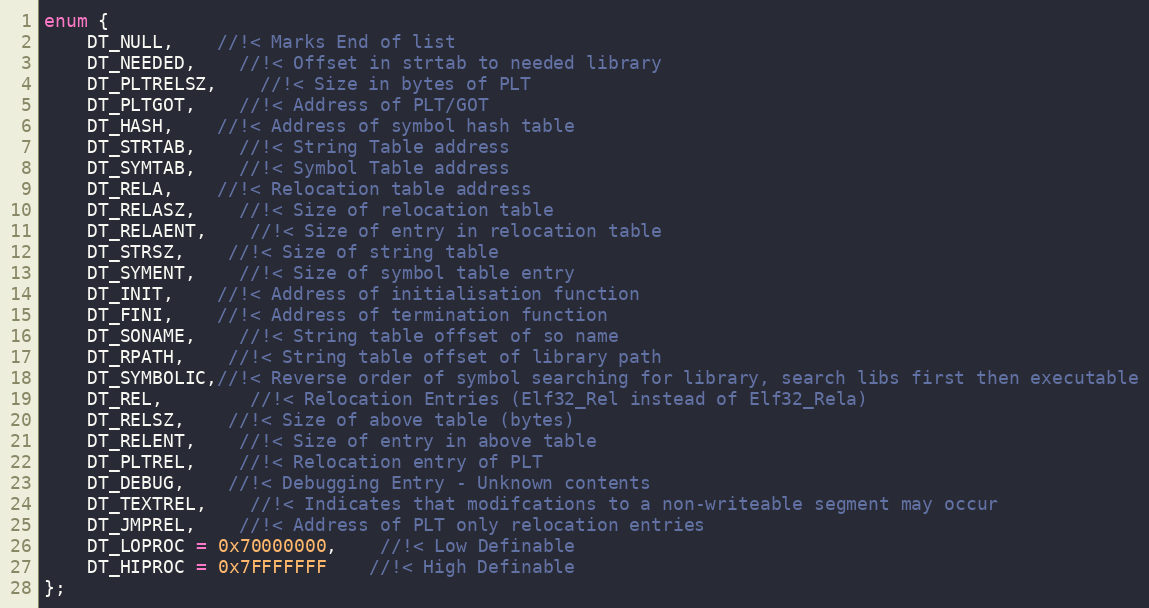
Language: C
enum {
	DT_NULL,	//!< Marks End of list
	DT_NEEDED,	//!< Offset in strtab to needed library
	DT_PLTRELSZ,	//!< Size in bytes of PLT
	DT_PLTGOT,	//!< Address of PLT/GOT
	DT_HASH,	//!< Address of symbol hash table
	DT_STRTAB,	//!< String Table address
	DT_SYMTAB,	//!< Symbol Table address
	DT_RELA,	//!< Relocation table address
	DT_RELASZ,	//!< Size of relocation table
	DT_RELAENT,	//!< Size of entry in relocation table
	DT_STRSZ,	//!< Size of string table
	DT_SYMENT,	//!< Size of symbol table entry
	DT_INIT,	//!< Address of initialisation function
	DT_FINI,	//!< Address of termination function
	DT_SONAME,	//!< String table offset of so name
	DT_RPATH,	//!< String table offset of library path
	DT_SYMBOLIC,//!< Reverse order of symbol searching for library, search libs first then executable
	DT_REL,		//!< Relocation Entries (Elf32_Rel instead of Elf32_Rela)
	DT_RELSZ,	//!< Size of above table (bytes)
	DT_RELENT,	//!< Size of entry in above table
	DT_PLTREL,	//!< Relocation entry of PLT
	DT_DEBUG,	//!< Debugging Entry - Unknown contents
	DT_TEXTREL,	//!< Indicates that modifcations to a non-writeable segment may occur
	DT_JMPREL,	//!< Address of PLT only relocation entries
	DT_LOPROC = 0x70000000,	//!< Low Definable
	DT_HIPROC = 0x7FFFFFFF	//!< High Definable
};